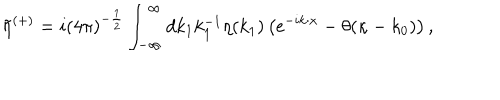
\tilde { \eta } ^ { ( + ) } = i ( 4 \pi ) ^ { - { \frac { 1 } { 2 } } } \int _ { - { \infty } } ^ { \infty } d k _ { 1 } k _ { 1 } ^ { - 1 } \eta ( k _ { 1 } ) \left( \mathrm { e } ^ { - i k \cdot x } - \theta ( \kappa - k _ { 0 } ) \right) ,